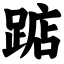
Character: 踮